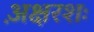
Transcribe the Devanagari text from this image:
अ़क्षरशः